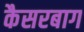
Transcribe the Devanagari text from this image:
कैसरबाग